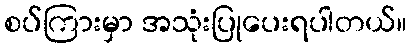
စပ်ကြားမှာ အသုံးပြုပေးရပါတယ်။